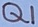
Text: Q1